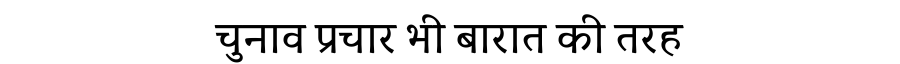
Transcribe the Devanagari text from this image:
चुनाव प्रचार भी बारात की तरह